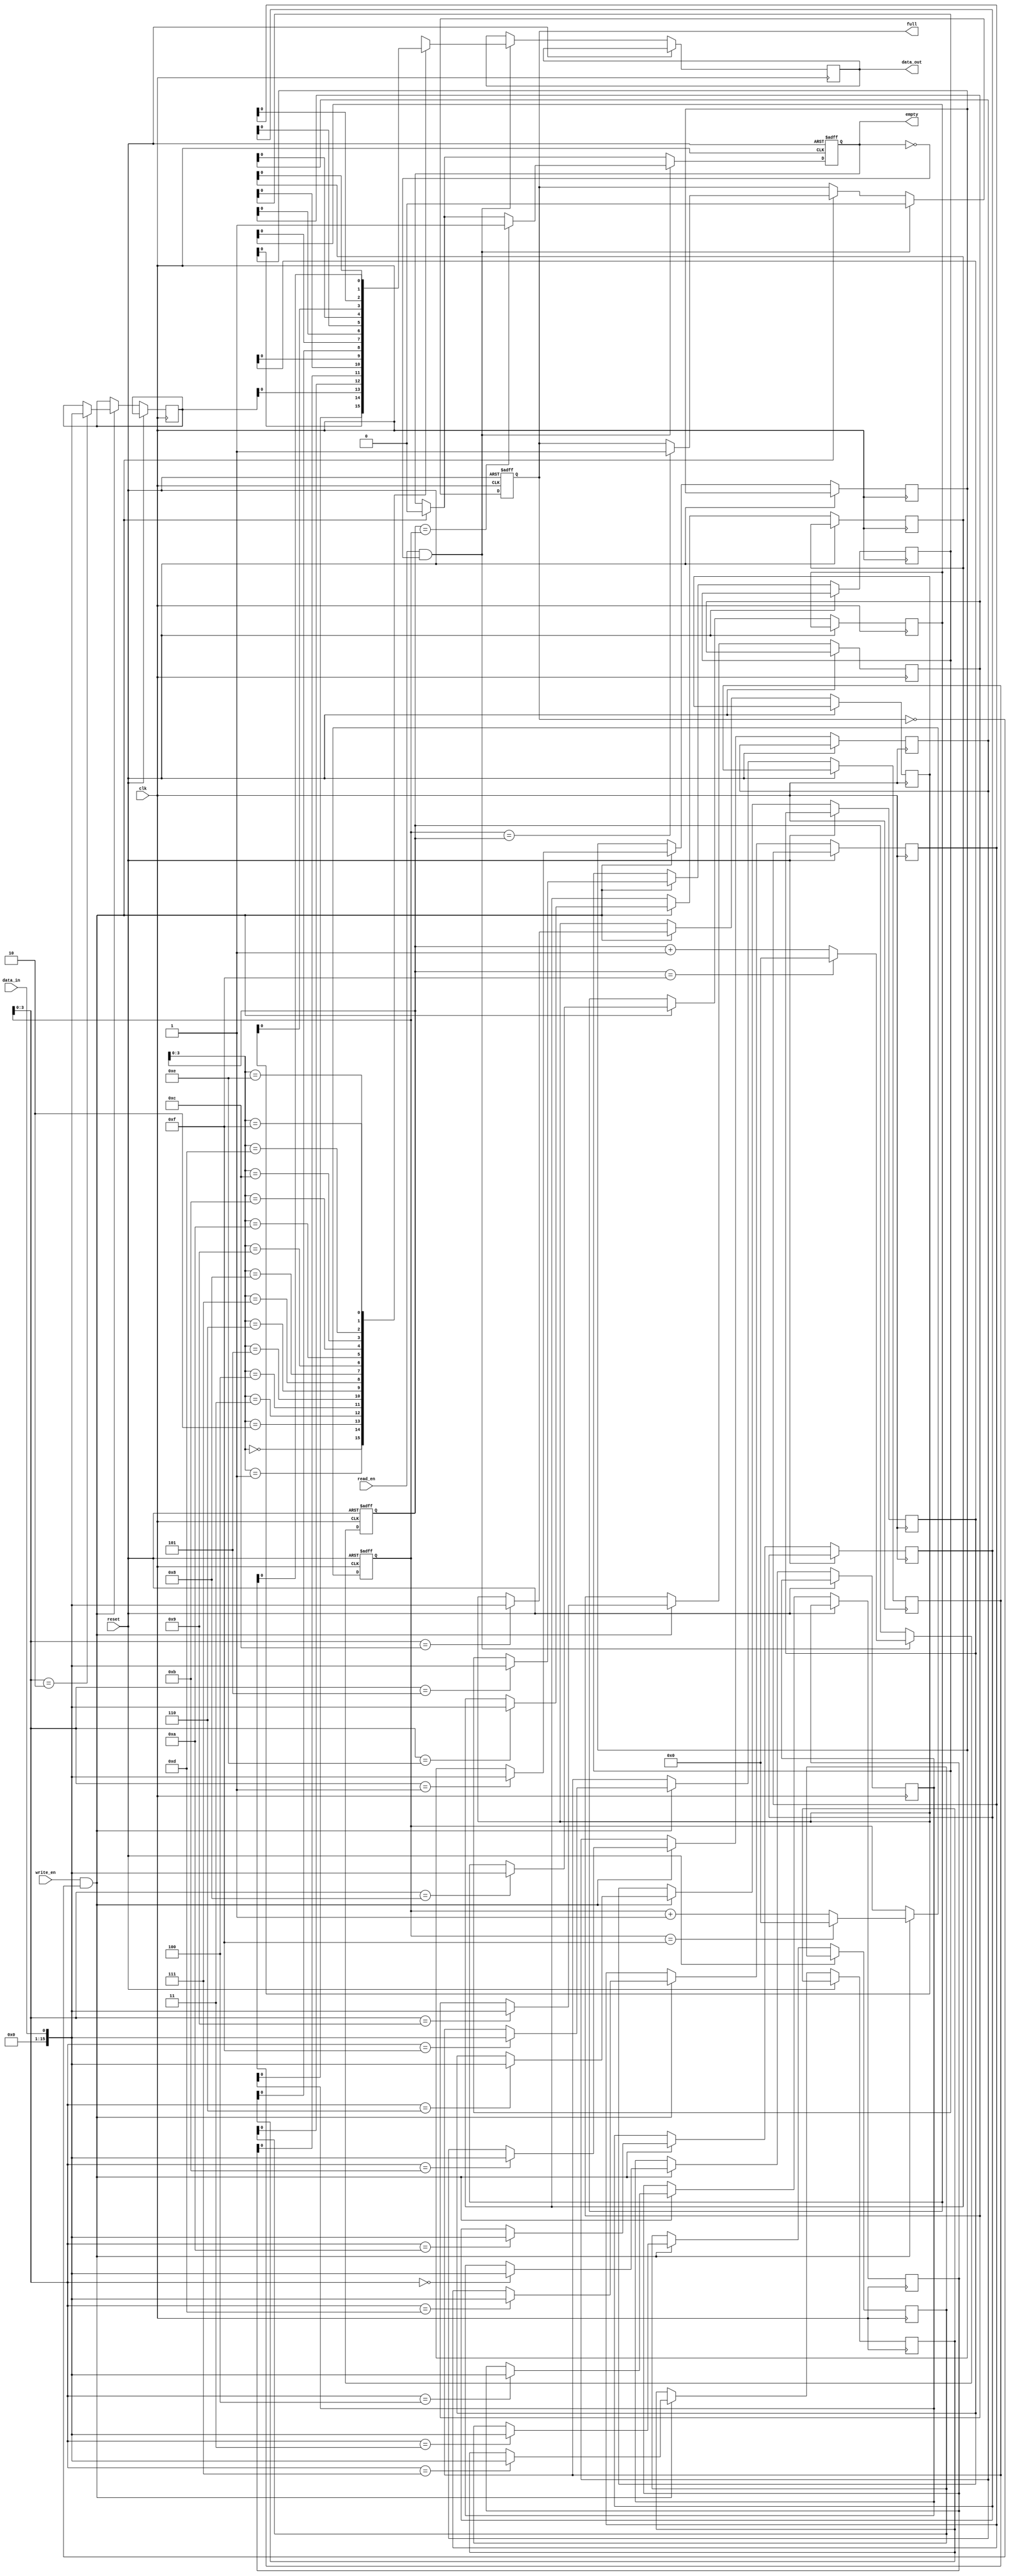
module asynchronous_fifo (
    input wire clk,
    input wire reset,
    input wire read_en,
    input wire write_en,
    input wire data_in,
    output reg data_out,
    output reg full,
    output reg empty
);

parameter FIFO_DEPTH = 16;
reg [FIFO_DEPTH-1:0] memory [0:15];
reg [FIFO_DEPTH-1:0] read_pointer;
reg [FIFO_DEPTH-1:0] write_pointer;

always @ (posedge clk or posedge reset)
begin
    if (reset)
    begin
        read_pointer <= 0;
        write_pointer <= 0;
        empty <= 1;
        full <= 0;
    end
    else
    begin
        if (write_en && !full)
        begin
            memory[write_pointer] <= data_in;
            write_pointer <= write_pointer + 1;
            if (write_pointer == FIFO_DEPTH-1)
                write_pointer <= 0;
            if (write_pointer == read_pointer)
                full <= 1;
            empty <= 0;
        end
        if (read_en && !empty)
        begin
            data_out <= memory[read_pointer];
            read_pointer <= read_pointer + 1;
            if (read_pointer == FIFO_DEPTH-1)
                read_pointer <= 0;
            if (read_pointer == write_pointer)
                empty <= 1;
            full <= 0;
        end
    end
end

endmodule